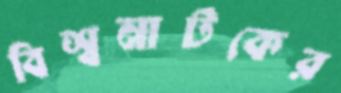
বিশ্বনাটকের